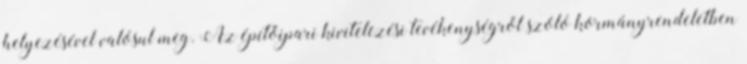
helyezésével valósul meg. Az építőipari kivitelezési tevékenységről szóló kormányrendeletben